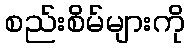
စည်းစိမ်များကို